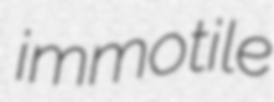
immotile